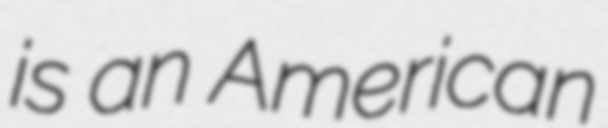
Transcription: is an American